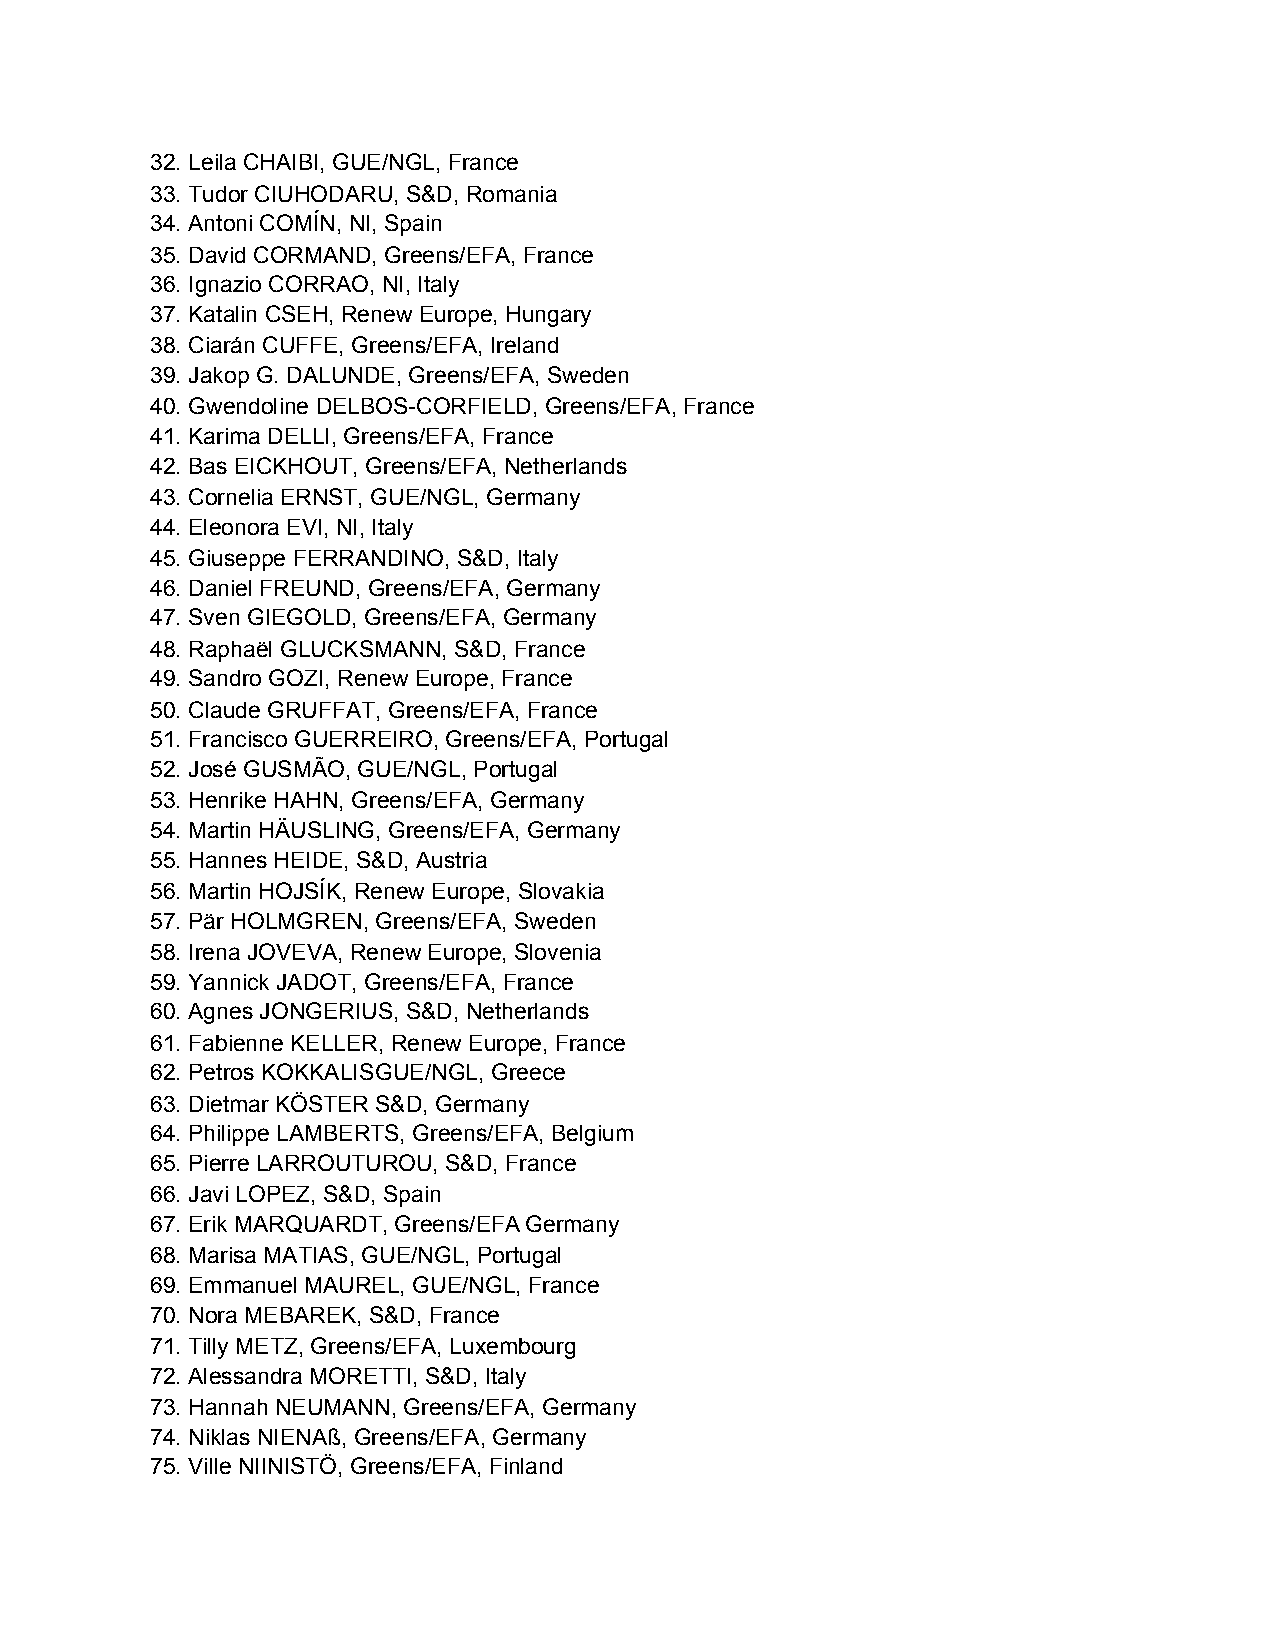
32. Leila CHAIBI, GUE/NGL, France
 33. Tudor CIUHODARU, S&D, Romania
 34. Antoni COMÍN, NI, Spain
 35. David CORMAND, Greens/EFA, France
 36. Ignazio CORRAO, NI, Italy
 37. Katalin CSEH, Renew Europe, Hungary
 38. Ciarán CUFFE, Greens/EFA, Ireland
 39. Jakop G. DALUNDE, Greens/EFA, Sweden
 40. Gwendoline DELBOS-CORFIELD, Greens/EFA, France
 41. Karima DELLI, Greens/EFA, France
 42. Bas EICKHOUT, Greens/EFA, Netherlands
 43. Cornelia ERNST, GUE/NGL, Germany
 44. Eleonora EVI, NI, Italy
 45. Giuseppe FERRANDINO, S&D, Italy
 46. Daniel FREUND, Greens/EFA, Germany
 47. Sven GIEGOLD, Greens/EFA, Germany
 48. Raphaël GLUCKSMANN, S&D, France
 49. Sandro GOZI, Renew Europe, France
 50. Claude GRUFFAT, Greens/EFA, France
 51. Francisco GUERREIRO, Greens/EFA, Portugal
 52. José GUSMÃO, GUE/NGL, Portugal
 53. Henrike HAHN, Greens/EFA, Germany
 54. Martin HÄUSLING, Greens/EFA, Germany
 55. Hannes HEIDE, S&D, Austria
 56. Martin HOJSÍK, Renew Europe, Slovakia
 57. Pär HOLMGREN, Greens/EFA, Sweden
 58. Irena JOVEVA, Renew Europe, Slovenia
 59. Yannick JADOT, Greens/EFA, France
 60. Agnes JONGERIUS, S&D, Netherlands
 61. Fabienne KELLER, Renew Europe, France
 62. Petros KOKKALISGUE/NGL, Greece
 63. Dietmar KÖSTERS&D, Germany
 64. Philippe LAMBERTS, Greens/EFA, Belgium
 65. Pierre LARROUTUROU, S&D, France
 66. Javi LOPEZ, S&D, Spain
 67. Erik MARQUARDT, Greens/EFAGermany
 68. Marisa MATIAS, GUE/NGL, Portugal
 69. Emmanuel MAUREL, GUE/NGL, France
 70. Nora MEBAREK, S&D, France
 71. Tilly METZ, Greens/EFA, Luxembourg
 72. Alessandra MORETTI, S&D, Italy
 73. Hannah NEUMANN, Greens/EFA, Germany
 74. Niklas NIENAß, Greens/EFA, Germany
 75. Ville NIINISTÖ, Greens/EFA, Finland